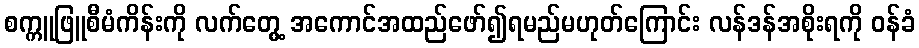
စက္ကူဖြူစီမံကိန်းကို လက်တွေ့ အကောင်အထည်ဖော်၍ရမည်မဟုတ်ကြောင်း လန်ဒန်အစိုးရကို ဝန်ခံ